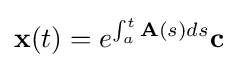
\mathbf {x} (t)=e^{\int _{a}^{t}\mathbf {A} (s)ds}\mathbf {c} ~